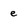
Character: e